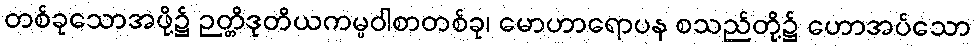
တစ်ခုသောအဖို့၌ ဉတ္တိဒုတိယကမ္မဝါစာတစ်ခု၊ မောဟာရောပန စသည်တို့၌ ဟောအပ်သော